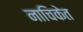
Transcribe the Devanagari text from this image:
नाचिकेत